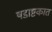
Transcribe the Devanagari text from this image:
षडाष्टकात